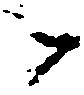
々